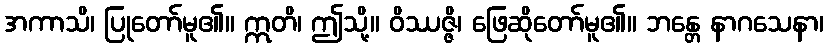
အကာသိ၊ ပြုတော်မူ၏။ ဣတိ၊ ဤသို့။ ဝိဿဇ္ဇိ၊ ဖြေဆိုတော်မူ၏။ ဘန္တေ နာဂသေနာ၊